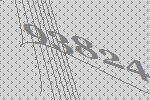
93824